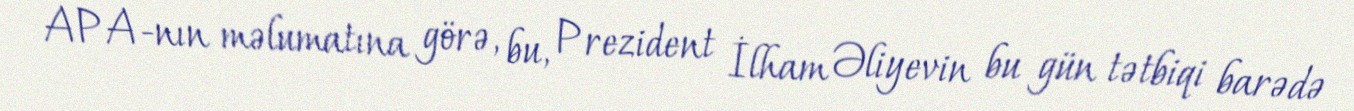
APA-nın məlumatına görə, bu, Prezident İlham Əliyevin bu gün tətbiqi barədə